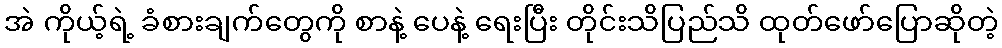
အဲ ကိုယ့်ရဲ့ ခံစားချက်တွေကို စာနဲ့ ပေနဲ့ ရေးပြီး တိုင်းသိပြည်သိ ထုတ်ဖော်ပြောဆိုတဲ့